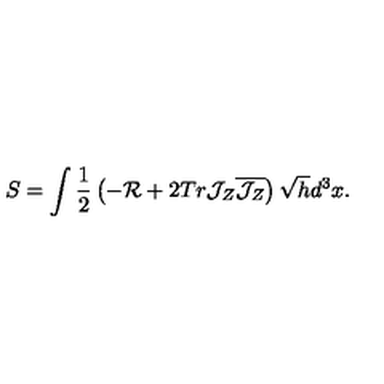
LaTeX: S = \int \frac { 1 } { 2 } \left( - { \cal R } + 2 T r { \cal J } _ { Z } \overline { { { \cal J } _ { Z } } } \right) \sqrt { h } d ^ { 3 } x .